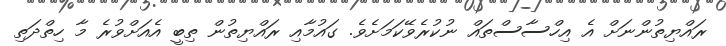
ރައްޔިތުންނަށް އެ އިހްސާސްތައް ނުކުރެވޭކަމަށެވެ. ގައުމާއި ރައްޔިތުން ތިބީ އެއަށްވުރެ މާ ހިތްދަތި